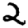
Digit: 2